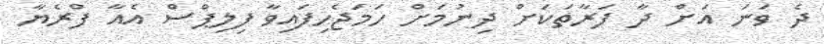
ދެ ވަނަ އަށް ދާ ފަރާތަކަށް ދިނުމަށް ހަމަޖެހިފައިވާ ފިލިޕްސް އެއާ ފްރެޔާ